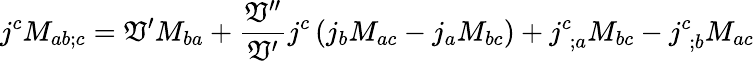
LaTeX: j^{c}M_{ab;c}=\mathfrak{V}^{\prime}M_{ba}+\frac{{\mathfrak{V}^{\prime\prime}}}{{\mathfrak{V}^{\prime}}}j^{c}\left(j_{b}M_{ac}-j_{a}M_{bc}\right)+j_{\; ;a}^{c}M_{bc}-j_{\; ;b}^{c}M_{ac}